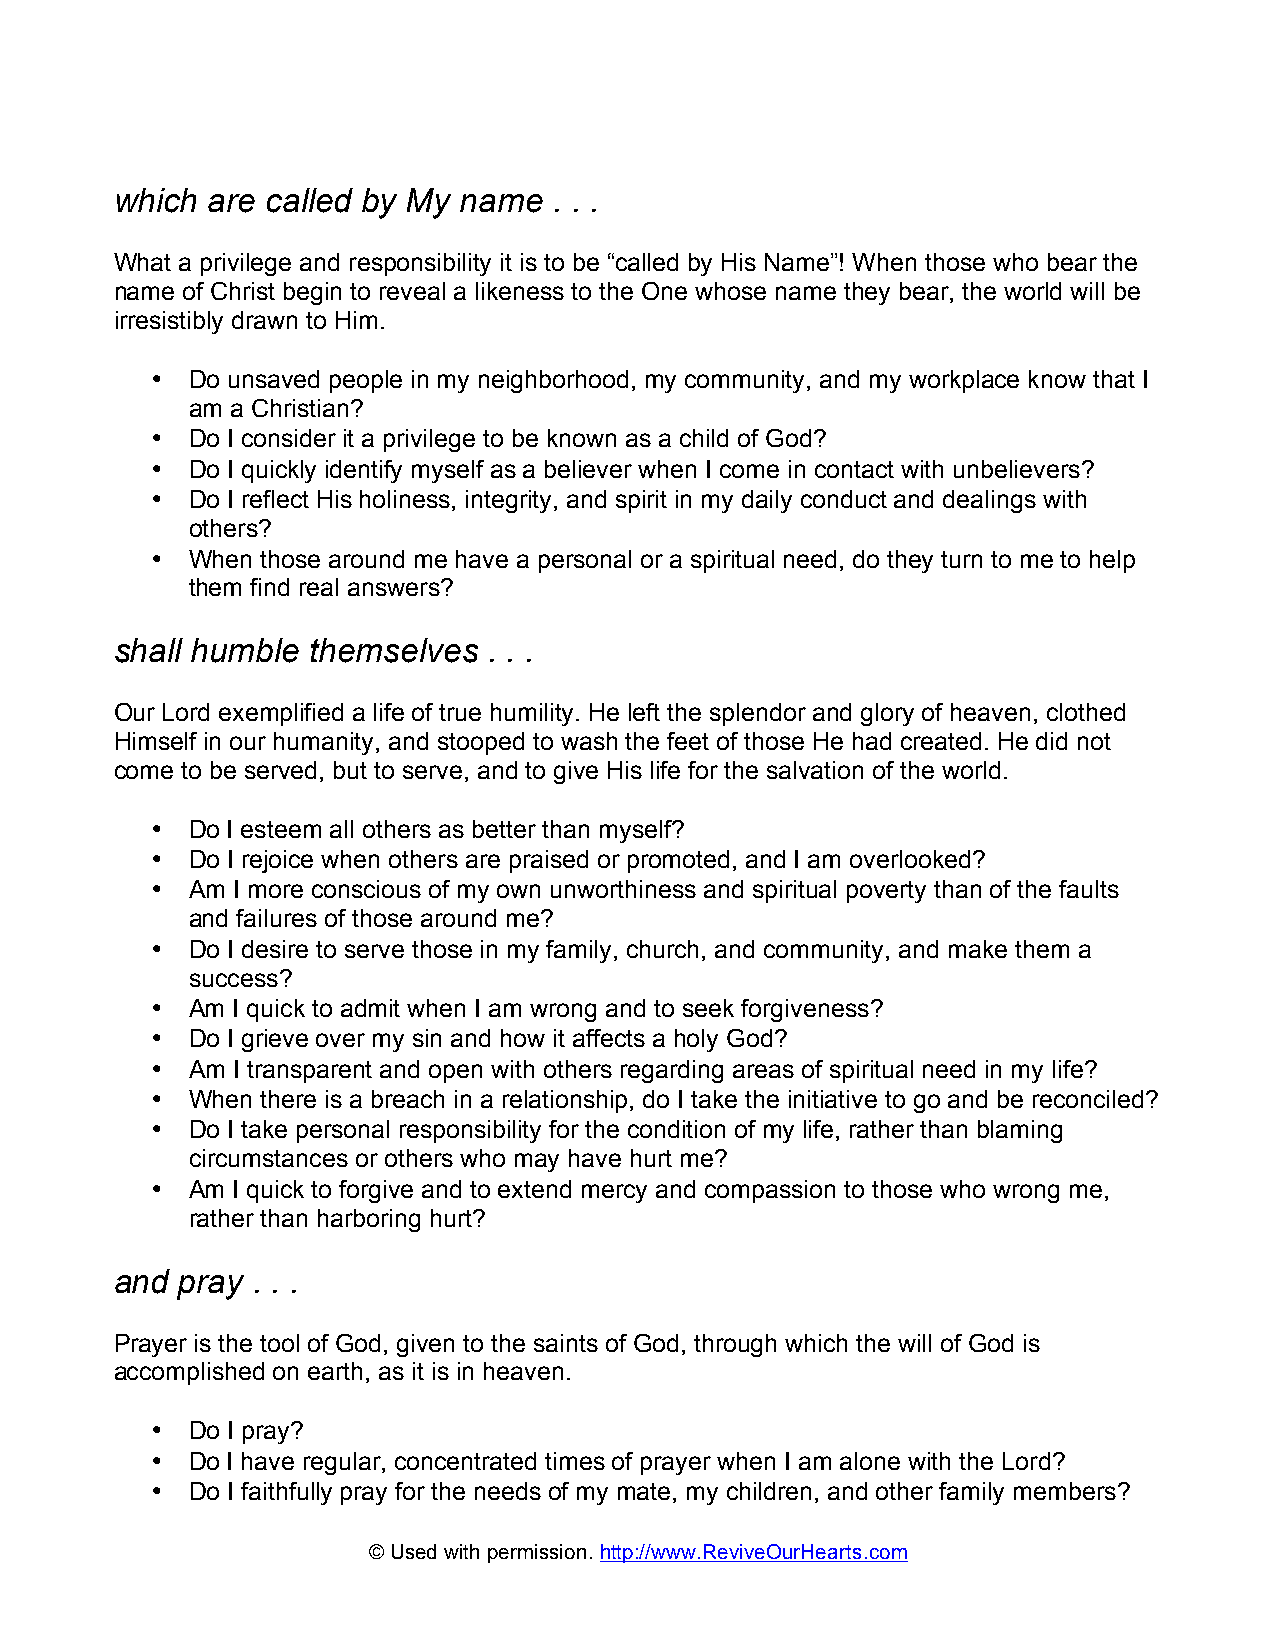
which are called by My name  . . .
 What a privilege and responsibility it is to be “called by His Name”! When those who bear the
 name of Christ begin to reveal a likeness to the One whose name they bear, the world will be
 irresistibly drawn to Him.
 • Do unsaved people in my neighborhood, my community, and my workplace know that I
 am a Christian?
 • Do I consider it a privilege to be known as a child of God?
 • Do I quickly identify myself as a believer when I come in contact with unbelievers?
 • Do I reflect His holiness, integrity, and spirit in my daily conduct and dealings with
 others?
 • When those around me have a personal or a spiritual need, do they turn to me to help
 them find real answers?
 shall humble themselves . . .
 Our Lord exemplified a life of true humility. He left the splendor and glory of heaven, clothed
 Himself in our humanity, and stooped to wash the feet of those He had created. He did not
 come to be served, but to serve, and to give His life for the salvation of the world.
 • Do I esteem all others as better than myself?
 • Do I rejoice when others are praised or promoted, and I am overlooked?
 • Am I more conscious of my own unworthiness and spiritual poverty than of the faults
 and failures of those around me?
 • Do I desire to serve those in my family, church, and community, and make them a
 success?
 • Am I quick to admit when I am wrong and to seek forgiveness?
 • Do I grieve over my sin and how it affects a holy God?
 • Am I transparent and open with others regarding areas of spiritual need in my life?
 • When there is a breach in a relationship, do I take the initiative to go and be reconciled?
 • Do I take personal responsibility for the condition of my life, rather than blaming
 circumstances or others who may have hurt me?
 • Am I quick to forgive and to extend mercy and compassion to those who wrong me,
 rather than harboring hurt?
 and pray . . .
 Prayer is the tool of God, given to the saints of God, through which the will of God is
 accomplished on earth, as it is in heaven.
 • Do I pray?
 • Do I have regular, concentrated times of prayer when I am alone with the Lord?
 • Do I faithfully pray for the needs of my mate, my children, and other family members?
 © Used with permission. http://www.ReviveOurHearts.com